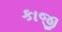
કાજી